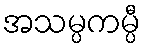
အသမ္ပကမ္ပီ